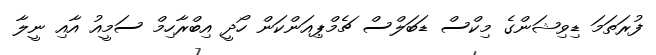
ފުރަތަމަ ޑިވިޝަންގެ މިކްސް ޑަބަލްސް ޗެމްޕިއަންކަން ހޯދީ އިބްރާހިމް ސަމީއު އާއި ނީލާ